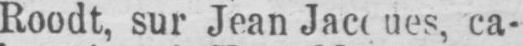
Roodt, sur Jean Jacques, ca-